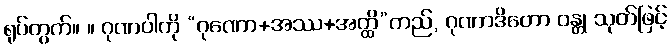
ရုပ်တွက်။ ။ ဂုဏဝါကို “ဂုဏော+အဿ+အတ္ထိ”တည်, ဂုဏာဒိတော ဝန္တု သုတ်ဖြင့်